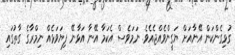
ގުޅިގެންކަން އޭނާއަށް ޔަގީންވެއްޖެއެވެ. ނަމަވެސް އެކަމާ އޭނާ އަޅާނޭ ފިޔަވަޅެއް ނިމްރާގެ ގާތުގައި